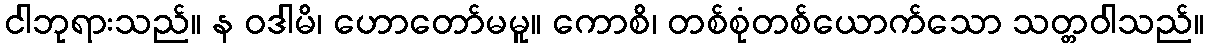
ငါဘုရားသည်။ န ဝဒါမိ၊ ဟောတော်မမူ။ ကောစိ၊ တစ်စုံတစ်ယောက်သော သတ္တဝါသည်။